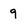
Character: q